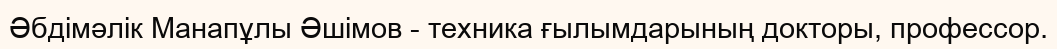
Әбдімәлік Манапұлы Әшімов - техника ғылымдарының докторы, профессор.